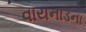
વાયનાડના